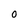
Character: O